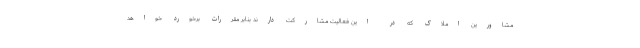
مشاورین املاک که در این فعالیت مشارکت دارند بنابر مقررات برخورد خواهد